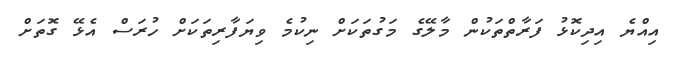
އިއްޔެ އިދިކޮޅު ފަރާތްތަކުން މާލޭގެ މަގުތަކަށް ނިކުމެ ވިޔަފާރިތަކަށް ހުރަސް އެޅޭ ގޮތަށް